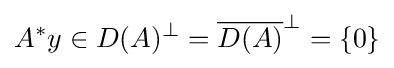
A^{*}y\in D(A)^{\perp }={\overline {D(A)}}^{\perp }=\{0\}